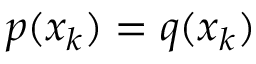
p ( x _ { k } ) = q ( x _ { k } )